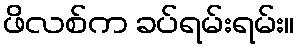
ဖိလစ်က ခပ်ရမ်းရမ်း။